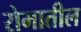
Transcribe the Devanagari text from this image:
रोमातील